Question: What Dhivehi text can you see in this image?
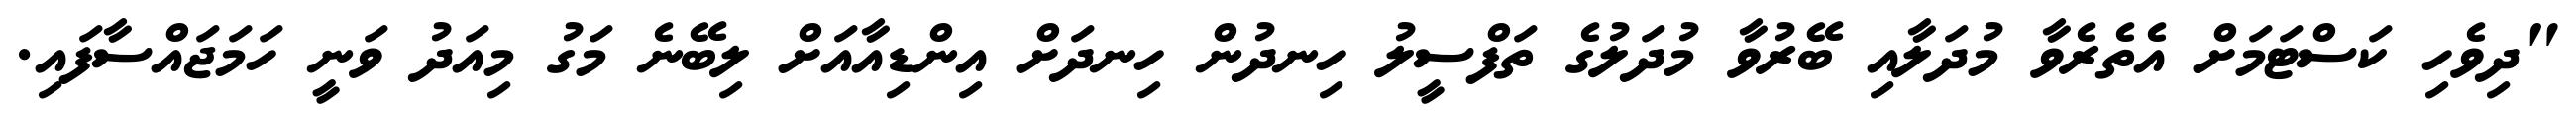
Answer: "ދިވެހި ކަސްޓަމަށް އެތެރެވާ މުދަލާއި ބޭރުވާ މުދަލުގެ ތަފްސީލު ހިނދުން ހިނދަށް އިންޑިއާއަށް ލިބޭނެ މަގު މިއަދު ވަނީ ހަމަޖައްސާފައި.